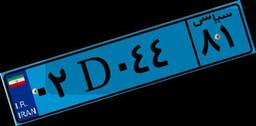
۰۲D۰۴۴۸۱